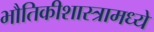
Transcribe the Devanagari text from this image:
भौतिकीशास्त्रामध्ये